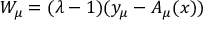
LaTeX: W _ { \mu } = ( \lambda - 1 ) ( y _ { \mu } - A _ { \mu } ( x ) )